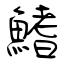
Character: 鰭